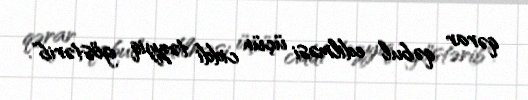
qərar qəbul edilməsi üçün ciddi təzyiq göstərib".